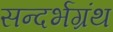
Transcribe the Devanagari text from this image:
सन्दर्भग्रंथ